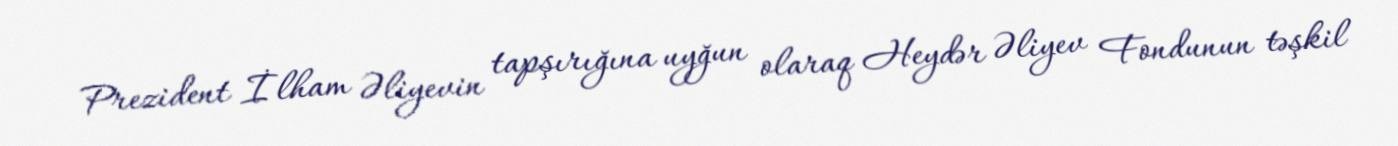
Prezident İlham Əliyevin tapşırığına uyğun olaraq Heydər Əliyev Fondunun təşkil